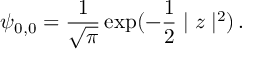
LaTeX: \psi _ { 0 , 0 } = { \frac { 1 } { \sqrt { \pi } } } \exp ( - { \frac { 1 } { 2 } } \mid z \mid ^ { 2 } ) \, .